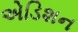
એડિશન